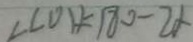
\angle C O D = 1 8 0 - 2 \alpha